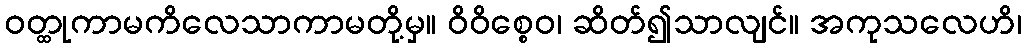
ဝတ္ထုကာမကိလေသာကာမတို့မှ။ ဝိဝိစ္စေဝ၊ ဆိတ်၍သာလျင်။ အကုသလေဟိ၊